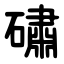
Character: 䃤